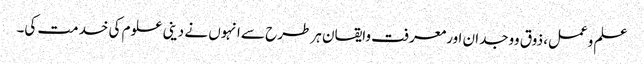
علم وعمل، ذوق ووجدان اورمعرفت وایقان ہر طرح سے انہوں نے دینی علوم کی خدمت کی۔